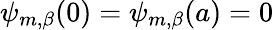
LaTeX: \psi_{m,\beta}(0)=\psi_{m,\beta}(a)=0